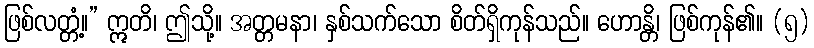
ဖြစ်လတ္တံ့။” ဣတိ၊ ဤသို့။ အတ္တမနာ၊ နှစ်သက်သော စိတ်ရှိကုန်သည်။ ဟောန္တိ၊ ဖြစ်ကုန်၏။ (၅)